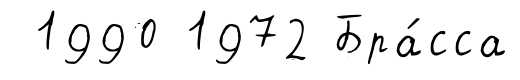
1990 1972 Бра́сса